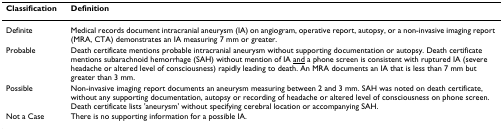
<table><thead><tr><td><b>Classification</b></td><td><b>Definition</b></td></tr></thead><tbody><tr><td>Definite</td><td>Medical records document intracranial aneurysm (IA) on angiogram, operative report, autopsy, or a non-invasive imaging report (MRA, CTA) demonstrates an IA measuring 7 mm or greater.</td></tr><tr><td>Probable</td><td>Death certificate mentions probable intracranial aneurysm without supporting documentation or autopsy. Death certificate mentions subarachnoid hemorrhage (SAH) without mention of IA <underline>and</underline> a phone screen is consistent with ruptured IA (severe headache or altered level of consciousness) rapidly leading to death. An MRA documents an IA that is less than 7 mm but greater than 3 mm.</td></tr><tr><td>Possible</td><td>Non-invasive imaging report documents an aneurysm measuring between 2 and 3 mm. SAH was noted on death certificate, without any supporting documentation, autopsy or recording of headache or altered level of consciousness on phone screen. Death certificate lists &#x27;aneurysm&#x27; without specifying cerebral location or accompanying SAH.</td></tr><tr><td>Not a Case</td><td>There is no supporting information for a possible IA.</td></tr></tbody></table>